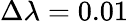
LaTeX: \Delta\lambda=0.01